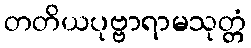
တတိယပုဗ္ဗာရာမသုတ္တံ